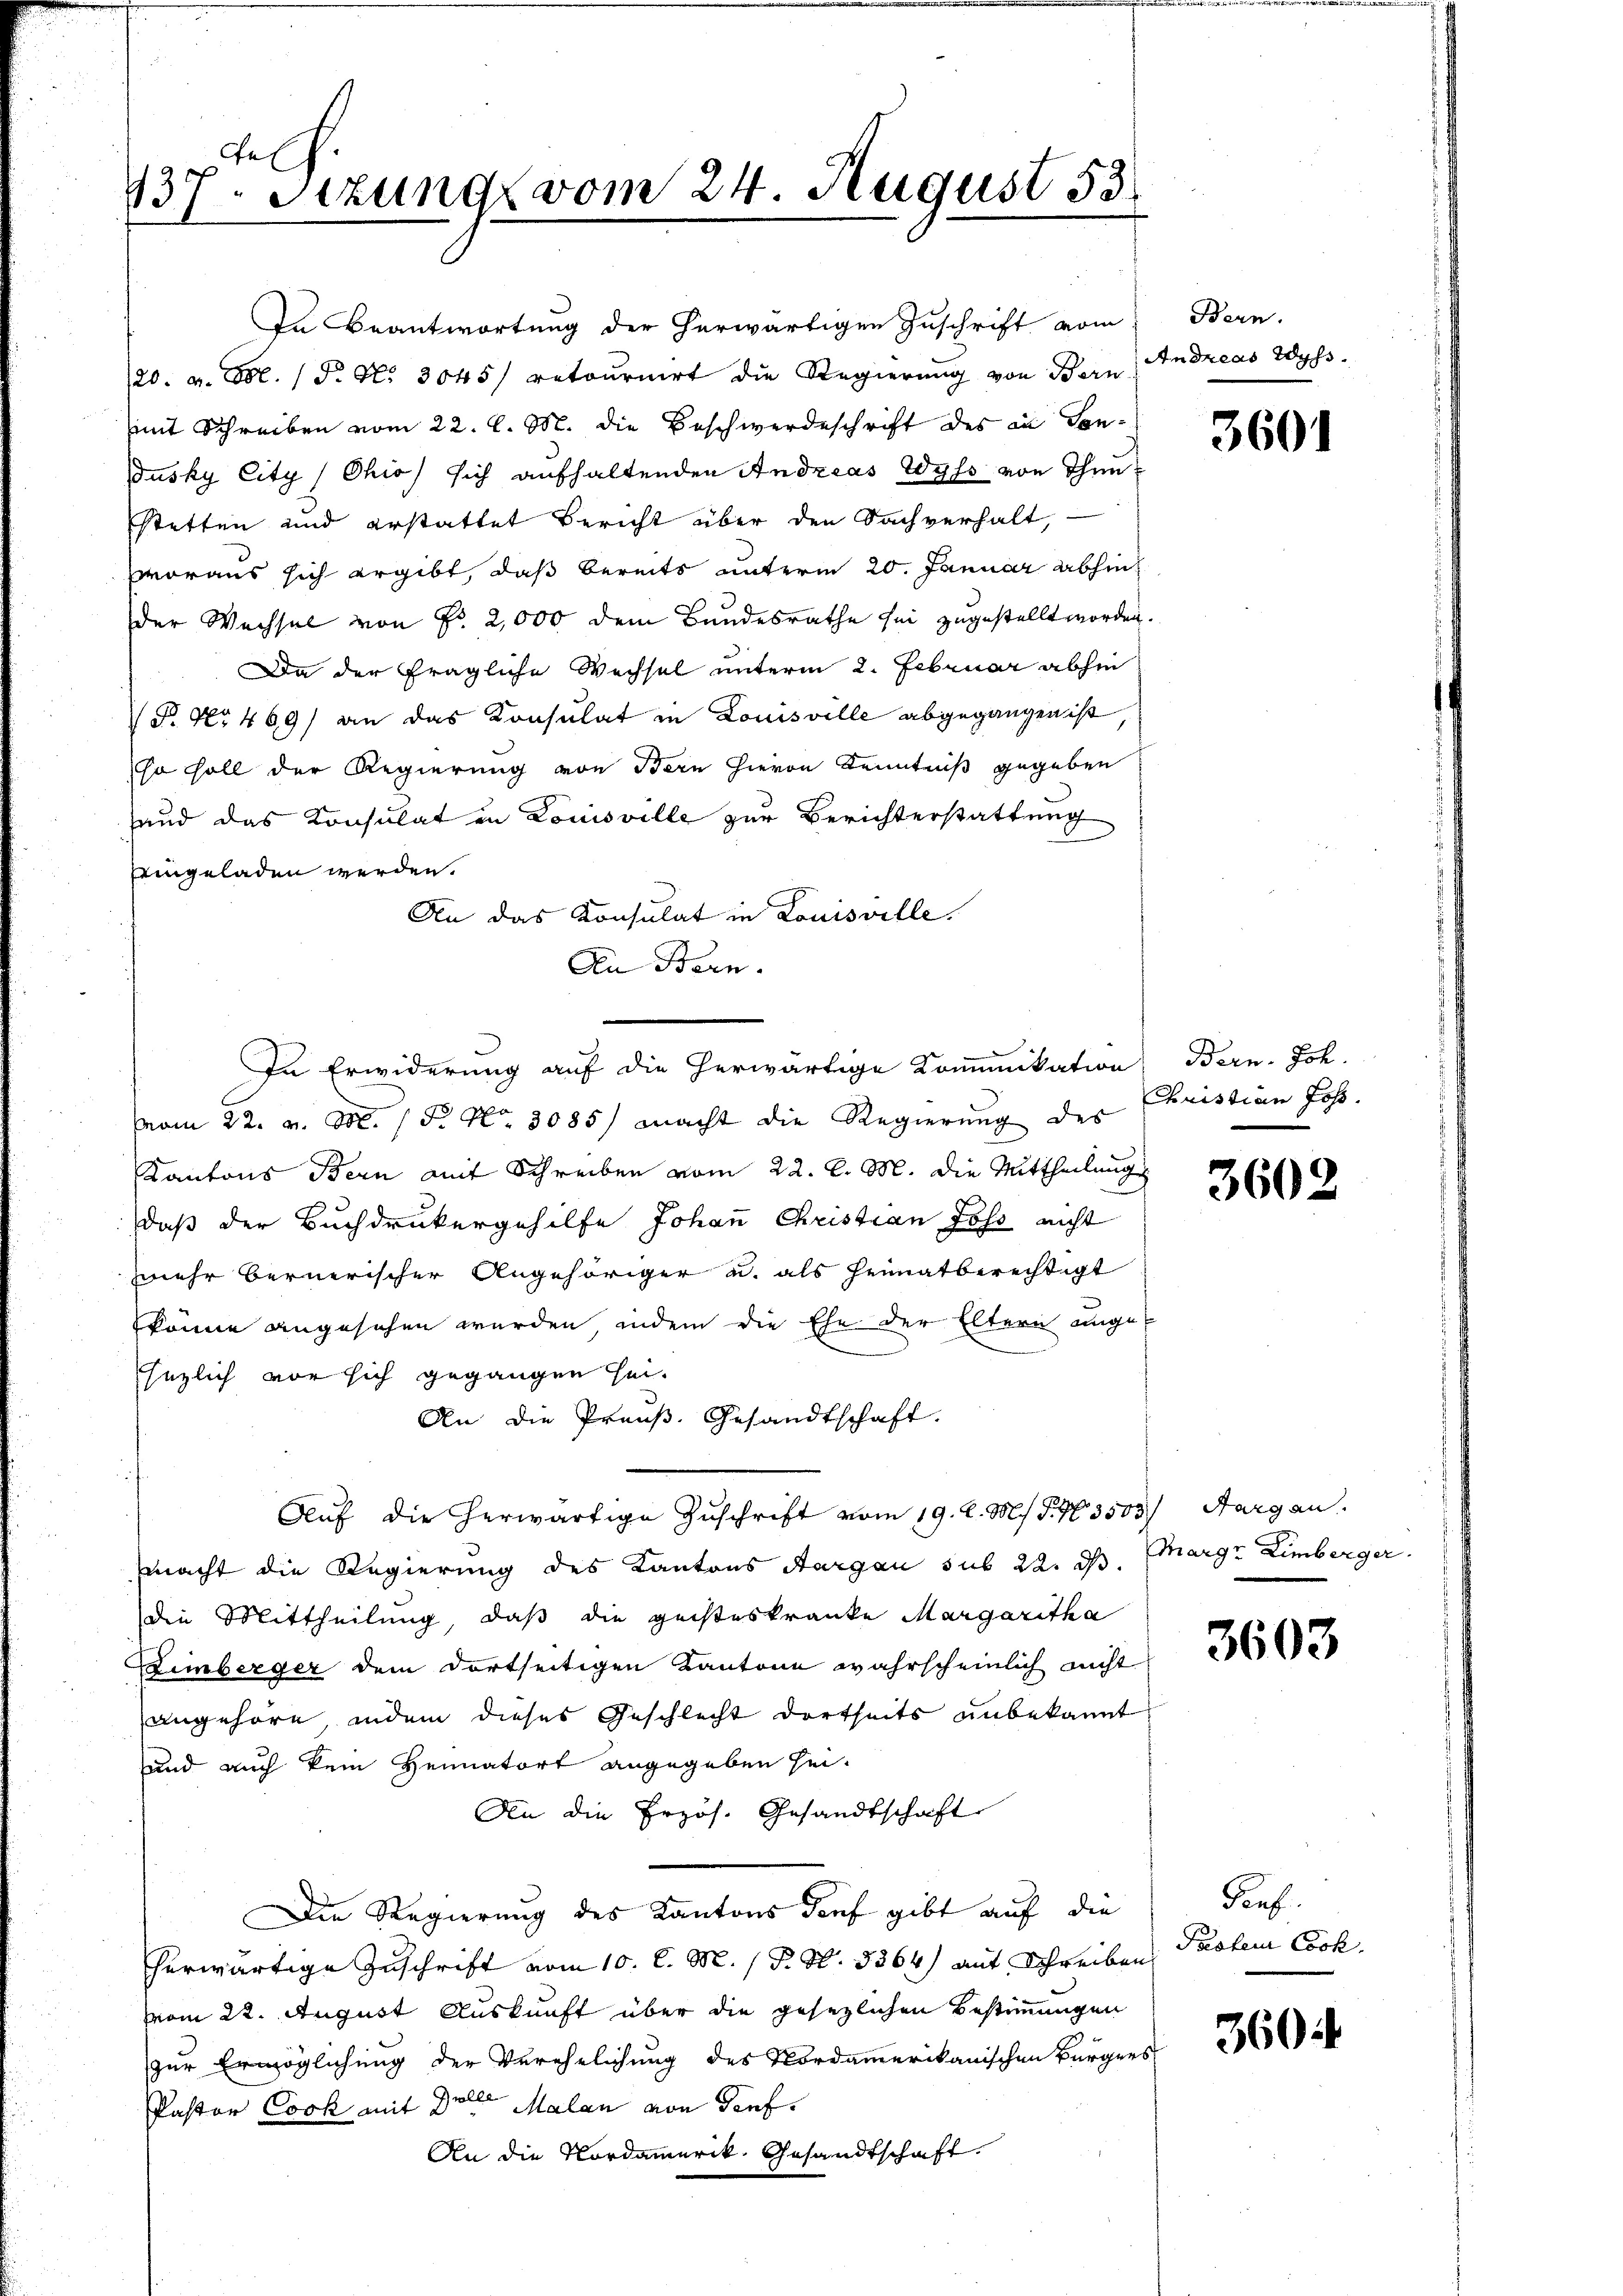
737. Stzung vom 24. August 53.

20. v. Etl. P. Nr. 3045/ retournirt die Regierung von Bern Andreas Wyss.
mit Schreiben vom 22. l. M. die Beschwerdeschrift des in Con¬
Jusky City / Ohio, sich aufhaltenden Andreas Wyss von Thunstetten und erstattet Bericht über den Sachverhalt,
woraus sich ergibt, daß bereits unterm 20. Januar abhin
der Wechsel von Fr. 2,000 dem Bundesrathe sei zugestellt worden.
Da der fragliche Wechsel unterm 2. Februar abhin
 No 469) an das Konsulat in Louisville abgegangen ist
so soll der Regierung von Bern hievon Kenntniß gegeben
and das Konsulat in Louisville zur Berichterstattung
eeingeladen werden.
An das Konsulat in Louisville.
An Bern.
vom 22. v. M. 15. No. 3085) macht die Regierung des
Kantons Bern mit Schreiben vom 22. l. M. die Mittheilung
daß der Buchdrukergehilfe Johan Christian Joss nicht
mehr bernerischer Angehöriger u. als Heimatberechtigt
könne angesehen werden, indem die Ehe der Eltern angesezlich vor sich gegangen sei.
An die Praŭβ. Gesandtschaft.
Auf die herwärtige Zuschrift vom 19. d. M. P. Nr. 3503) Aargau.
macht die Regierung des Kantons Aargau sub 22. d. Margr Eimberger
die Mittheilung, daß die geisteskranke Margaritha
Eimberger dem dortseitigen Kantone wahrscheinlich nicht
angehöre indem dieses Geschlecht dortseits unbekannt
und auch kein Heimatort angegeben sei.
An die Erzös. Gesandtschaft
Die Regierung des Kantons Dorf gibt auf die
herwärtige Zuschrift vom 10. l. M. P. Nr. 5864) mit Schreiben
vom 22. August Auskunft über die gesezlichen Bestimmungen
zur Ermöglichung der Verehelichung des Nordamerikanischen Bürgers
Pastor Cook mit Delle Malan von Genf.
An die Nordamerik, Gesandtschaft

In Beantwortung der herwärtigen Zuschrift vom

In Erwiderung auf die herwärtige Kommikation Bern. Joh.

Bern.

3601

Christian Jos.

3602

3603

Porf.
Pasten Cock.

360